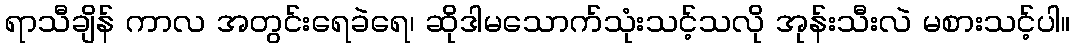
ရာသီချိန် ကာလ အတွင်းရေခဲရေ၊ ဆိုဒါမသောက်သုံးသင့်သလို အုန်းသီးလဲ မစားသင့်ပါ။